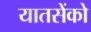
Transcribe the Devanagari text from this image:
यातसेंको